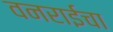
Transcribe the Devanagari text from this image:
वनराईचा